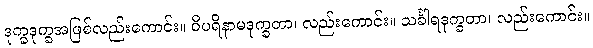
ဒုက္ခဒုက္ခအဖြစ်လည်းကောင်း။ ဝိပရိနာမဒုက္ခတာ၊ လည်းကောင်း။ သင်္ခါရဒုက္ခတာ၊ လည်းကောင်း။